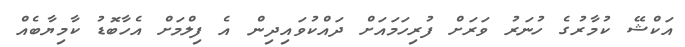
އަކްޝޭ ކުމާރުގެ ހުނަރު ވަރަށް ފުރިހަމައަށް ދައްކުވައިދިން އެ ފިލްމަށް އެހާބޮޑު ކާމިޔާބެއް